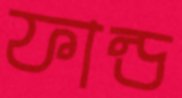
ফান্‌ড